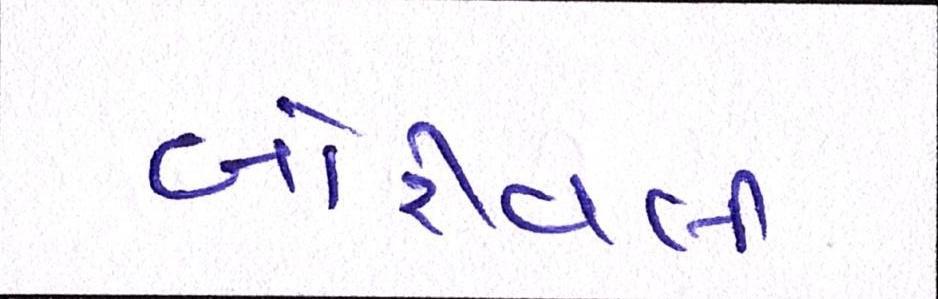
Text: બોરીવલી